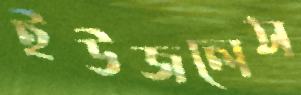
ইউজলেস